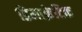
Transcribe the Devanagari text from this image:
डिमाक्रेटिक